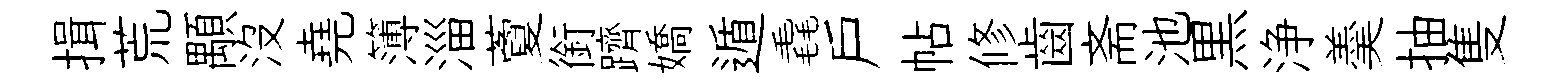
揖荒顒没堯簿淄藑銜躋嬌遁毳户帖修齒斋池黒浄羮抽隻